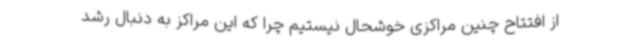
از افتتاح چنین مراکزی خوشحال نیستیم چرا که این مراکز به دنبال رشد